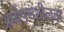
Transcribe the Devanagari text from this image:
अन्वेषणशीलता